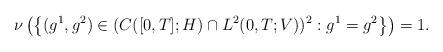
LaTeX: \begin{align*}\nu \left( \left\lbrace (g^1,g^2) \in (C([0,T]; H) \cap L^2(0,T; V))^2 : g^1 = g^2 \right\rbrace \right) = 1. \end{align*}